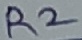
Text: R2